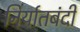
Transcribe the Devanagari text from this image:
निर्यातबंदी